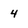
Character: 4